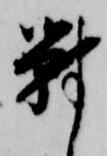
対